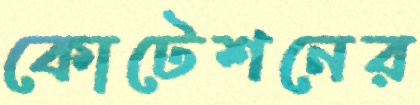
কোটেশনের